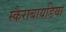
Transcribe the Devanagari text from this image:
स्कैराबायडिया